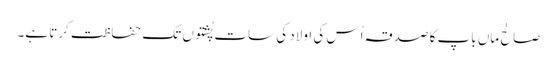
صالح ماں باپ کا صدقہ اُس کی اولاد کی سات پُشتوں تک حفاظت کرتا ہے۔